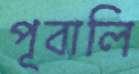
পূবালি